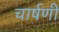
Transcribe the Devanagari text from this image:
चार्षणी